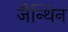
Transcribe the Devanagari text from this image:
जैन्थिन